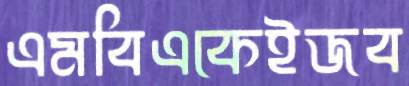
এমবিএকেইজব